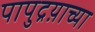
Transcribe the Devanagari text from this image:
पापुद्रय़ाच्या